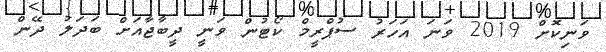
ވަނިކޮށް 2019 ވަނަ އަހަރު ސުޕްރީމް ކޯޓުން ވަނީ ދީބާޖާއަށް ބަދަލު ދޭން